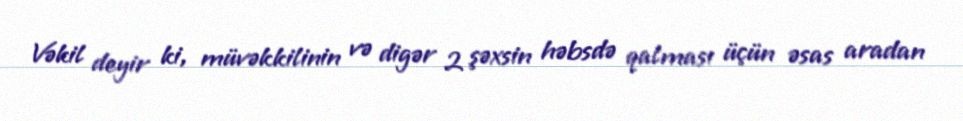
Vəkil deyir ki, müvəkkilinin və digər 2 şəxsin həbsdə qalması üçün əsas aradan